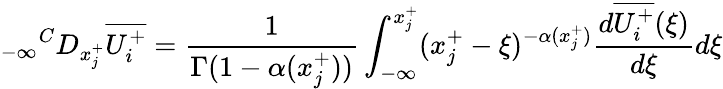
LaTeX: {_{-\infty}}^{C}D_{x_{j}^{+}}\overline{{U_{i}^{+}}}=\frac{1}{\Gamma(1-\alpha(x_{j}^{+}))}\int_{-\infty}^{x_{j}^{+}}(x_{j}^{+}-\xi)^{-\alpha(x_{j}^{+})}\frac{d\overline{{U_{i}^{+}}}(\xi)}{d\xi}d\xi